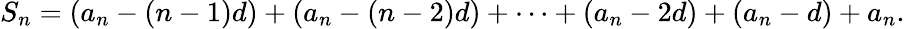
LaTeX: S_{n}=(a_{n}-(n-1)d)+(a_{n}-(n-2)d)+\cdots+(a_{n}-2d)+(a_{n}-d)+a_{n}.